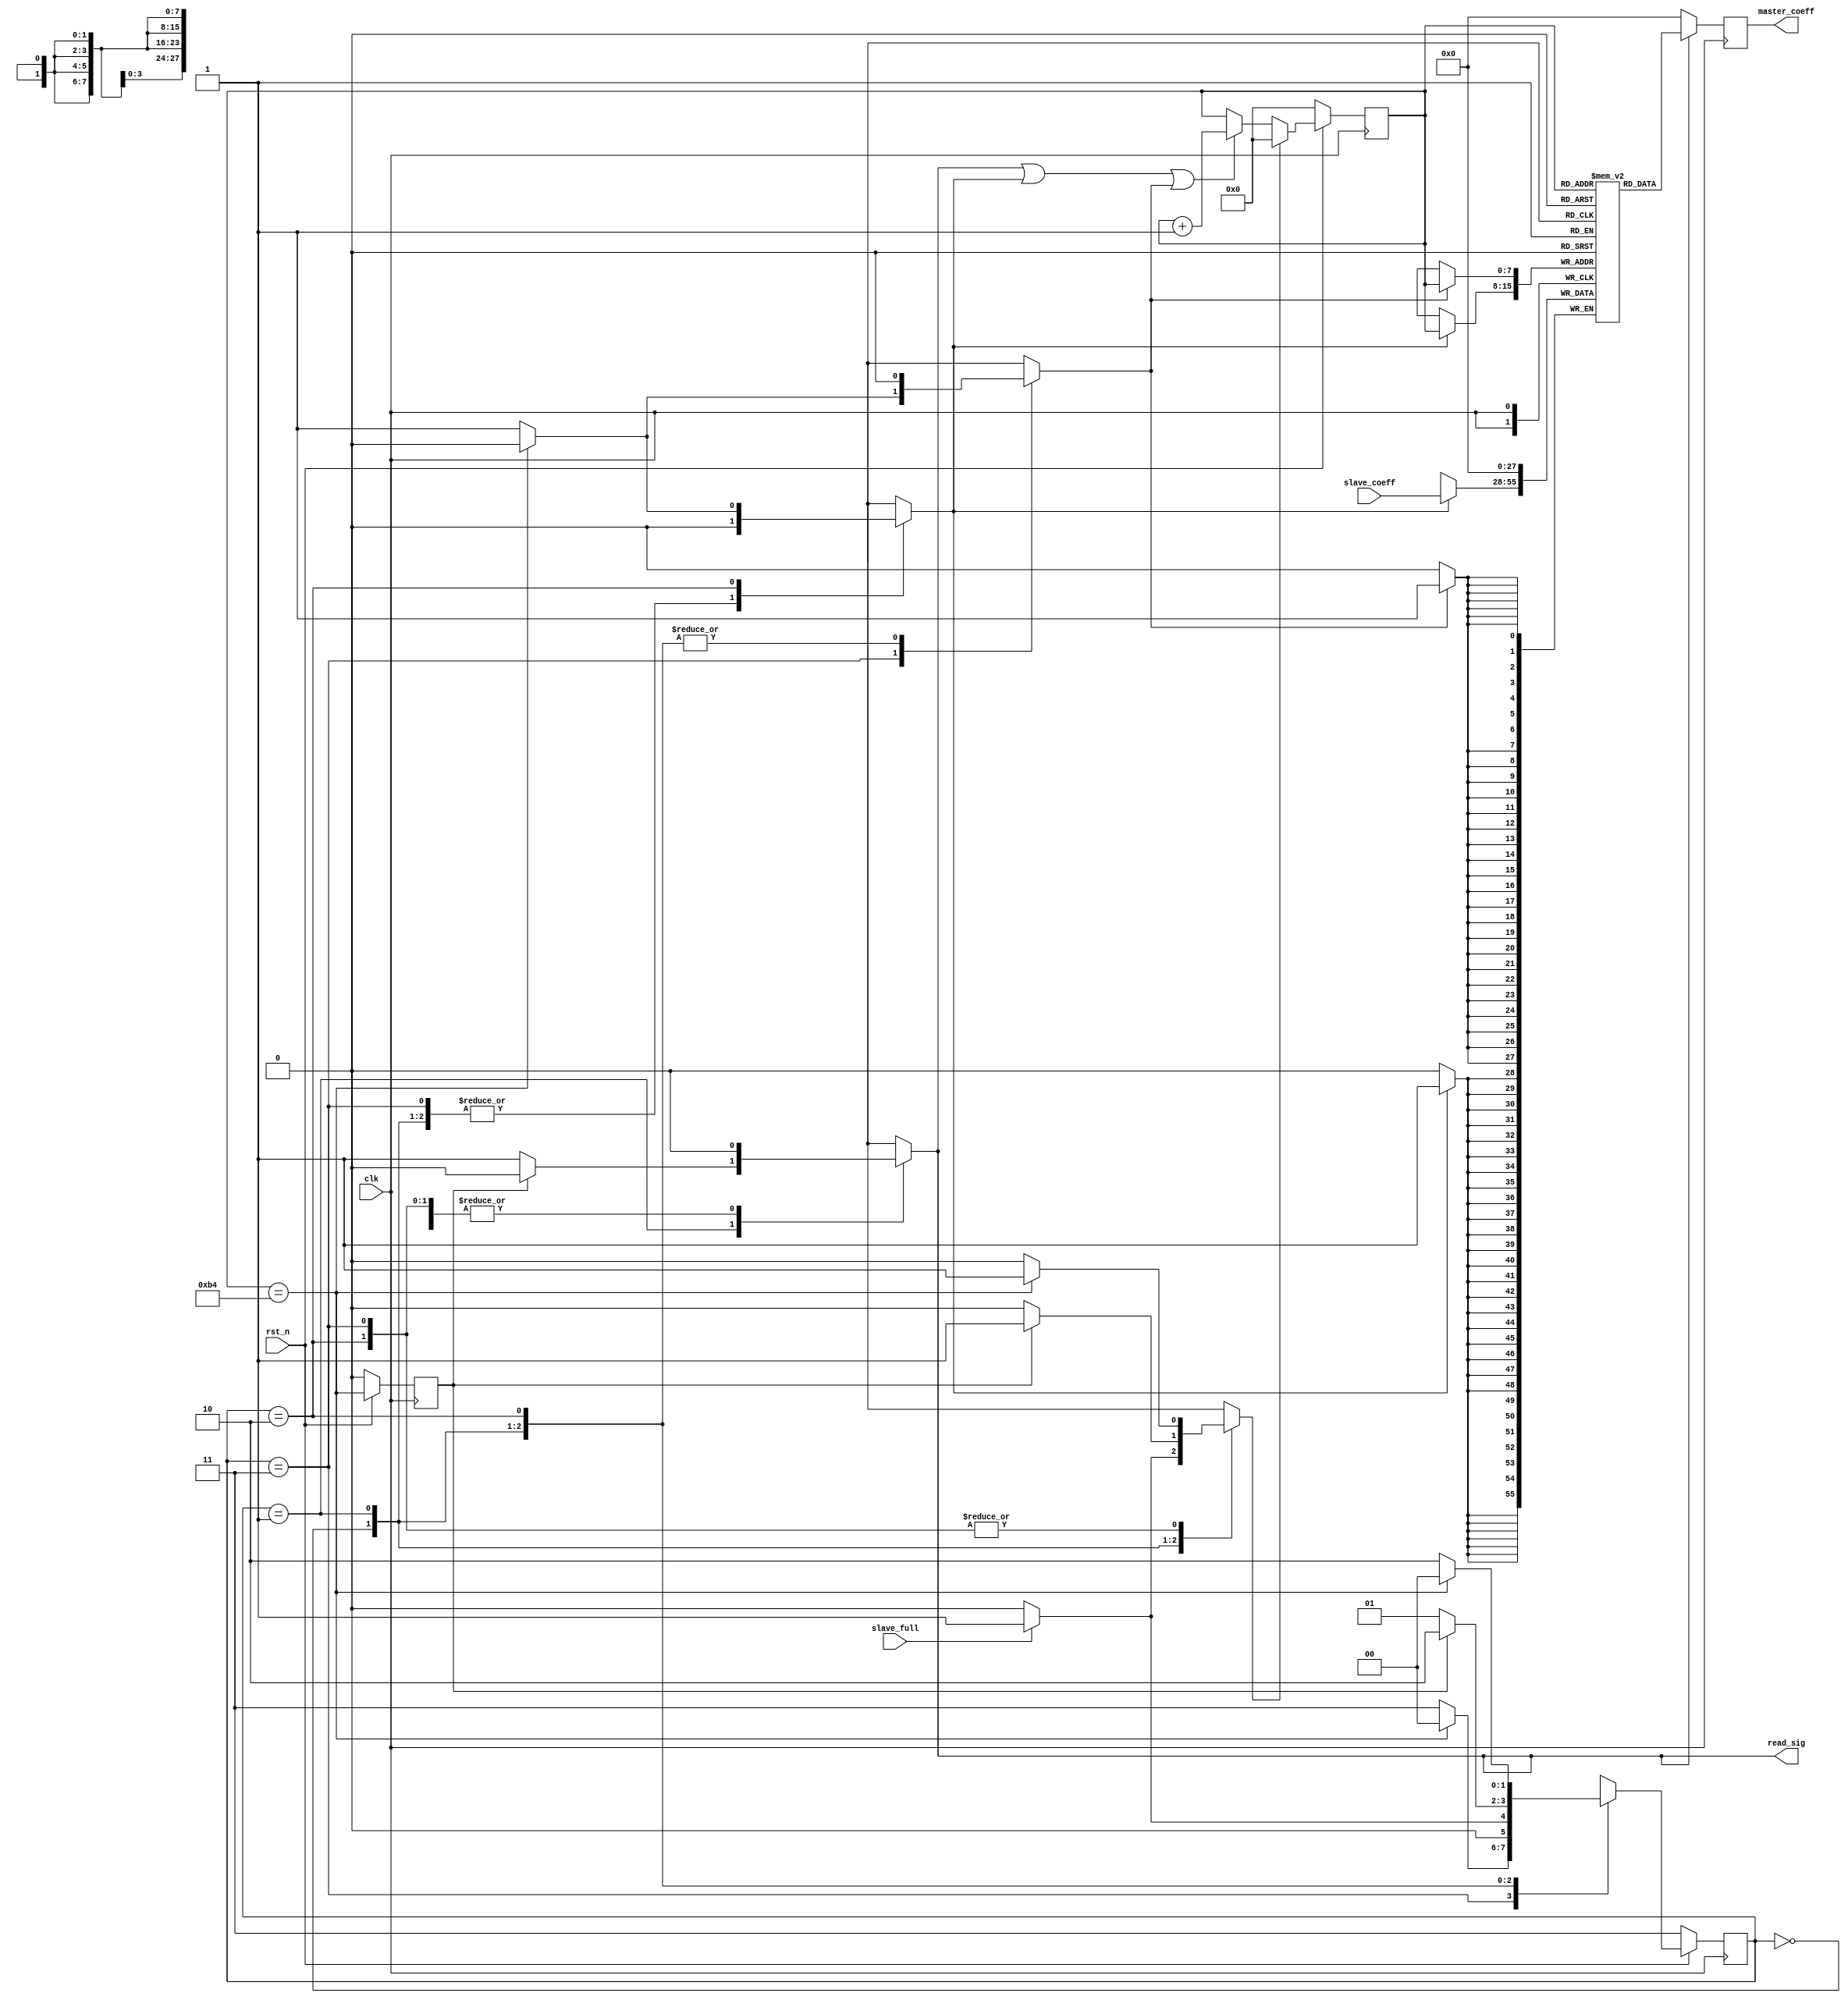
module master_coeff_buf(
    input clk,
    input rst_n,
    input slave_full, // If slave buffer is full, then time to shift coeffs into master
    input [27:0] slave_coeff, // Coeff from slave buffer unit
    output reg read_sig, // Let ISTFT unit know that coeffs are being output
    output reg [27:0] master_coeff // Coeff from this unit
);

// A cached copy of the STFT coeffs
reg [27:0] master_copy [0:179];

// FSM states
localparam WAIT = 2'b00;
localparam READ = 2'b01;
localparam COPY = 2'b10;
localparam LOAD = 2'b11;

reg [1:0] state = WAIT;
reg [1:0] nxt_state = WAIT;

//reg read_sig = 1'b0; // Start reading from this buffer
reg copy_sig = 1'b0; // Start copying from slave buffer
reg rst_counter = 1'b0; // Reset counter for reads and writes
reg load_sig = 1'b0; // Load all zeros into memory
//reg read_sig = 1'b0; // Detect when reading should begin
reg count_done_set = 1'b0; // Lag one cycle when count is done

reg [7:0] coeff_num = 8'h0; // Keep track of which STFT coeff we are on

always @(posedge clk) begin
    if (~rst_n)
        coeff_num <= 8'h0;
    else if (rst_counter)
        coeff_num <= 8'h0;
    else if (read_sig || copy_sig || load_sig)
        coeff_num <= coeff_num + 1;
    else
        coeff_num <= coeff_num;
end

always @(posedge clk)
    if (read_sig)
        master_coeff <= master_copy[coeff_num];
    else
        master_coeff <= 28'h0;
        
always @(posedge clk)
    if (copy_sig)
        master_copy[coeff_num] <= slave_coeff;
        
always @(posedge clk)
    if (load_sig)
        master_copy[coeff_num] <= 28'h0;

wire count_done;
assign count_done = (coeff_num == 8'd180); // Detect when all coeffs shifted in

/*always @(posedge clk) begin
    if (~rst_n)
        read_sig_set <= 1'b0;
    else
        read_sig_set <= read_sig;
end*/

always @(posedge clk) begin
    if (~rst_n)
        count_done_set <= 1'b0;
    else
        count_done_set <= count_done;
end

// MCB state machine
always @(posedge clk) begin
    if (~rst_n)
        state <= LOAD;
    else
        state <= nxt_state;
end

// FSM implementation
always @(*) begin
    read_sig = 1'b0;
    rst_counter = 1'b0;
    copy_sig = 1'b0;
    load_sig = 1'b0;
    
    nxt_state = WAIT;
    
    case (state)
        // Load all zeros into memory
        LOAD : begin
            if (count_done) begin
                rst_counter = 1'b1;
                nxt_state = WAIT;
            end else begin
                load_sig = 1'b1;
                nxt_state = LOAD;
            end
        end
        // Wait until coeffs are ready
        WAIT : begin
            if (slave_full) begin
                rst_counter = 1'b1;
                nxt_state = READ;
            end else begin
                nxt_state = WAIT;
            end
        end
        // Spit out all coeffs in order
        READ : begin
            if (count_done_set) begin
                rst_counter = 1'b1;
                nxt_state = COPY;
            end else begin
                read_sig = 1'b1;
                nxt_state = READ;
            end
        end
        // Read in coeffs from slave buffer
        COPY : begin
            if (count_done) begin
                nxt_state = WAIT;
                rst_counter = 1'b1;
            end else begin
                copy_sig = 1'b1;
                nxt_state = COPY;
            end
        end
    endcase
end

endmodule